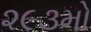
૨૯૩મો